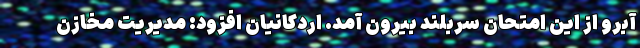
آبرو از این امتحان سربلند بیرون آمد. اردکانیان افزود: مدیریت مخازن